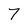
Character: 7